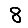
Digit: 8